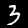
Digit: 3